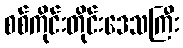
စစ်ကိုင်းတိုင်းဒေသကြီး